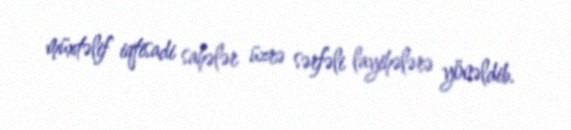
müxtəlif iqtisadi sahələr üzrə sərfəli layihələrə yönəldib.